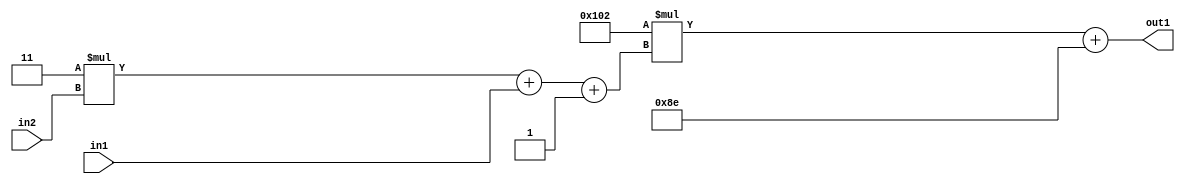
`timescale 1ps / 1ps
/*****************************************************************************
    Verilog RTL Description
    
    
    Created by: Stratus DpOpt 2019.1.01 
*******************************************************************************/

module DC_Filter_Add2i142Mul2i258Add3i1u1Mul2i3u2_1 (
	in2,
	in1,
	out1
	); /* architecture "behavioural" */ 
input [1:0] in2;
input  in1;
output [11:0] out1;
wire [11:0] asc001;
wire [3:0] asc002;

wire [3:0] asc002_tmp_0;
wire [3:0] asc002_tmp_1;
assign asc002_tmp_1 = 
	+(4'B0011 * in2);
assign asc002_tmp_0 = asc002_tmp_1
	+(in1);
assign asc002 = asc002_tmp_0
	+(4'B0001);

wire [11:0] asc001_tmp_2;
assign asc001_tmp_2 = 
	+(12'B000100000010 * asc002);
assign asc001 = asc001_tmp_2
	+(12'B000010001110);

assign out1 = asc001;
endmodule

/* CADENCE  vrTwTA0= : u9/ySgnWtBlWxVPRXgAZ4Og= ** DO NOT EDIT THIS LINE ******/